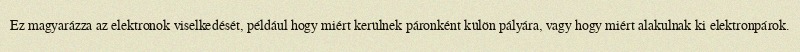
Ez magyarázza az elektronok viselkedését, például hogy miért kerülnek páronként külön pályára, vagy hogy miért alakulnak ki elektronpárok.